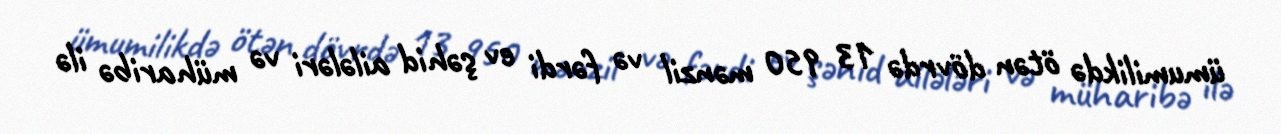
ümumilikdə ötən dövrdə 13 950 mənzil və fərdi ev şəhid ailələri və müharibə ilə